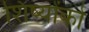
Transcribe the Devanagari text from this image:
शिष्योंको